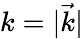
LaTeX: k=|{\vec{k}}|